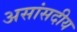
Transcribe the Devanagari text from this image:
असांसदीय